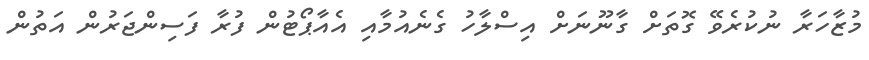
މުޒާހަރާ ނުކުރެވޭ ގޮތަށް ގާނޫނަށް އިސްލާހު ގެނެއުމާއި އެއާޕޯޓުން ފުރާ ފަސިންޖަރުން އަތުން